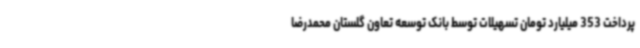
پرداخت 353 میلیارد تومان تسهیلات توسط بانک توسعه تعاون گلستان محمدرضا